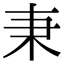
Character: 𣏃